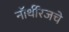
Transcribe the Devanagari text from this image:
नॉर्थरिजचे